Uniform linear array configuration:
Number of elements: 12
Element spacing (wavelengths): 0.25
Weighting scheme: hamming
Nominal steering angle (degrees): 30
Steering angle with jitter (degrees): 29.869
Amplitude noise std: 0.05
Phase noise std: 0.05

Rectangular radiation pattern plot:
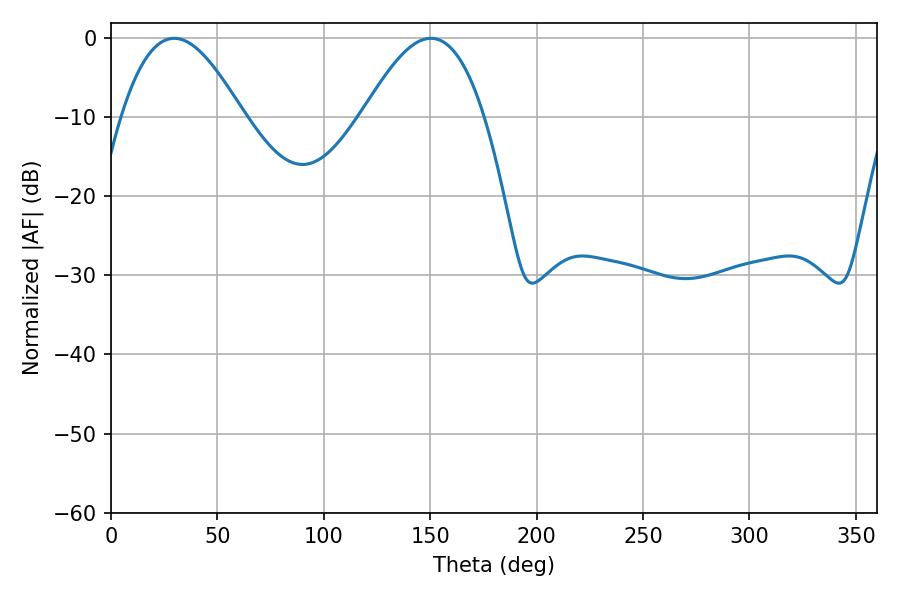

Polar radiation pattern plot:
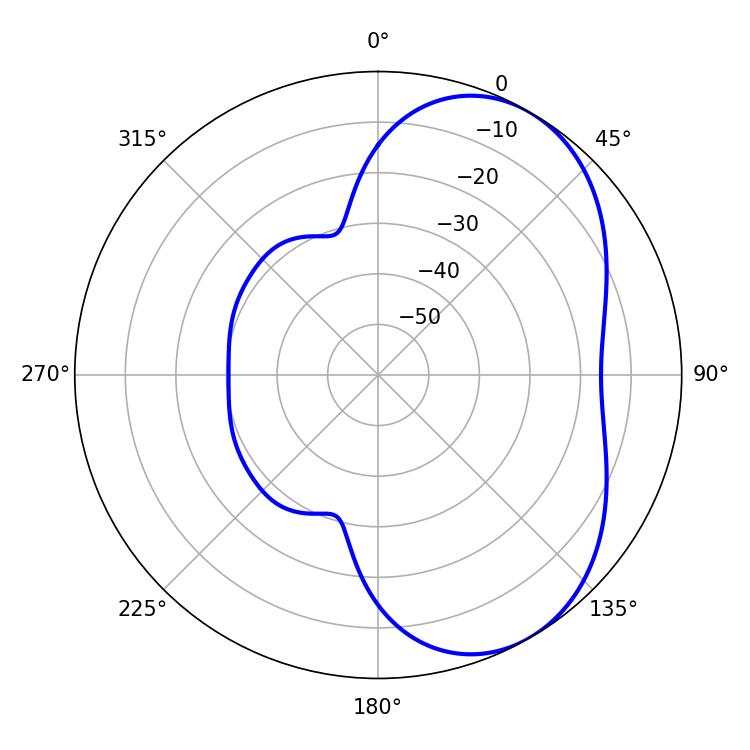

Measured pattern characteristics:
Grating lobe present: FALSE
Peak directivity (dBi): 5.032
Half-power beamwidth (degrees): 30.96
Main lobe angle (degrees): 29.7